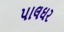
પાલઘર